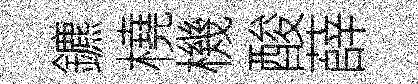
鑣橈機酸薛